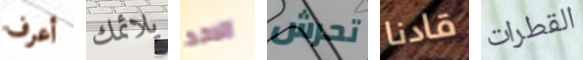
أعرف يلائمك الاحد تحرش قادنا القطرات